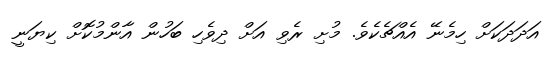
އަދަދަކަށް ހިމެނޭ އެއްޗެކެވެ. މުށި ރެވި އަށް ދިވެހި ބަހުން އާންމުކޮށް ކިޔަނީ